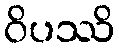
ဝိပဿိ